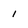
Character: 1